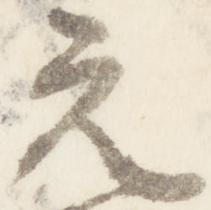
元